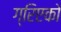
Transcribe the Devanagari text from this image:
ग्रिएको